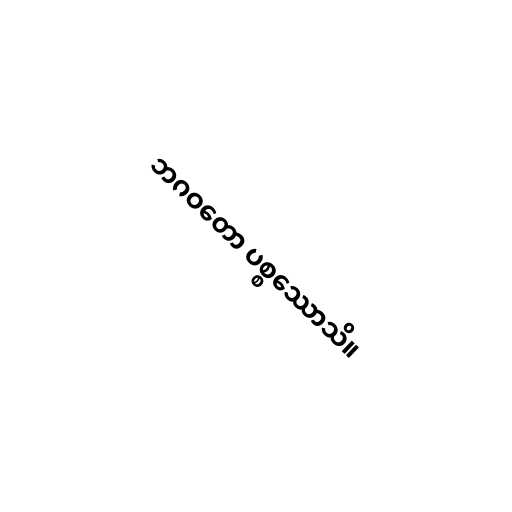
ဘဂဝတော ပစ္စဿောသိ။